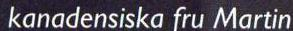
kanadensiska fru Martin